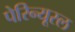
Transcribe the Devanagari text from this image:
पेरिन्यूरल